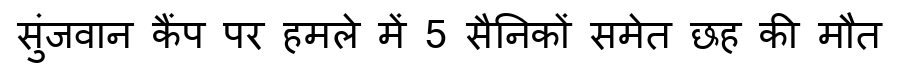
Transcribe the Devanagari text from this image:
सुंजवान कैंप पर हमले में 5 सैनिकों समेत छह की मौत